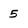
Character: 5